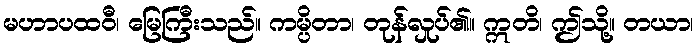
မဟာပထဝီ၊ မြေကြီးသည်။ ကမ္ပိတာ၊ တုန်လှုပ်၏။ ဣတိ၊ ဤသို့။ တယာ၊